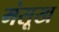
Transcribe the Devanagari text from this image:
मंसूख